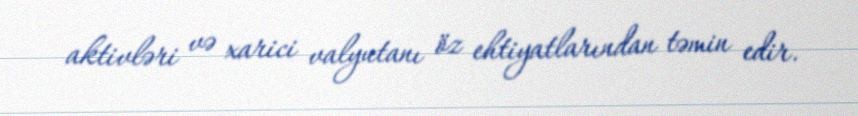
aktivləri və xarici valyutanı öz ehtiyatlarından təmin edir.